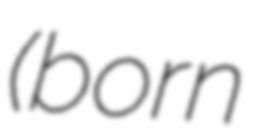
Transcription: (born